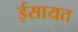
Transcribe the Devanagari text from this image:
ईसायत